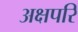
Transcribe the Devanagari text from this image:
अक्षपरि